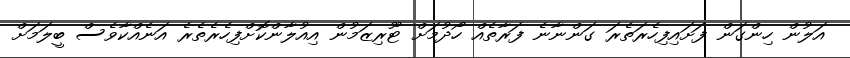
އަލުން ހިންގަން ފަށައިފިހެރަތެރަ ގަންނާނެ ފަރާތެއް ހޯދުމަށް ޓޫރިޒަމުން އިއުލާންކޮށްފިހެރެތެރެ އަނެއްކާވެސް ބީލަމަށް